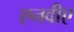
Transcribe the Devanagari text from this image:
एनवीए